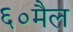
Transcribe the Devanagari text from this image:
६०मैल